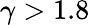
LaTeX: \gamma>1.8